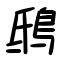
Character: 鴟